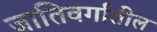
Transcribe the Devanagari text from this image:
जातिवर्गातील